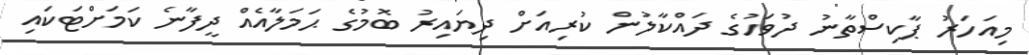
މިއަހަރު ޕާކިސްތާނު ދުވަހުގެ ދައްކާލުން ކުރިއަށް ދިޔައިރު ބޮމުގެ ޙަމަލާއެއް ދީފާނެ ކަމަށްޓަކައި